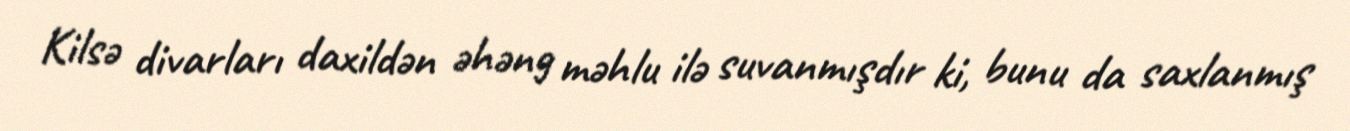
Kilsə divarları daxildən əhəng məhlu ilə suvanmışdır ki, bunu da saxlanmış